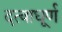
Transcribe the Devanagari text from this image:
दत्वाघूर्ण